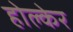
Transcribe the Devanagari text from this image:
होल्केर